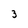
Character: 3